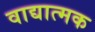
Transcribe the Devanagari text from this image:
वाद्यात्मक